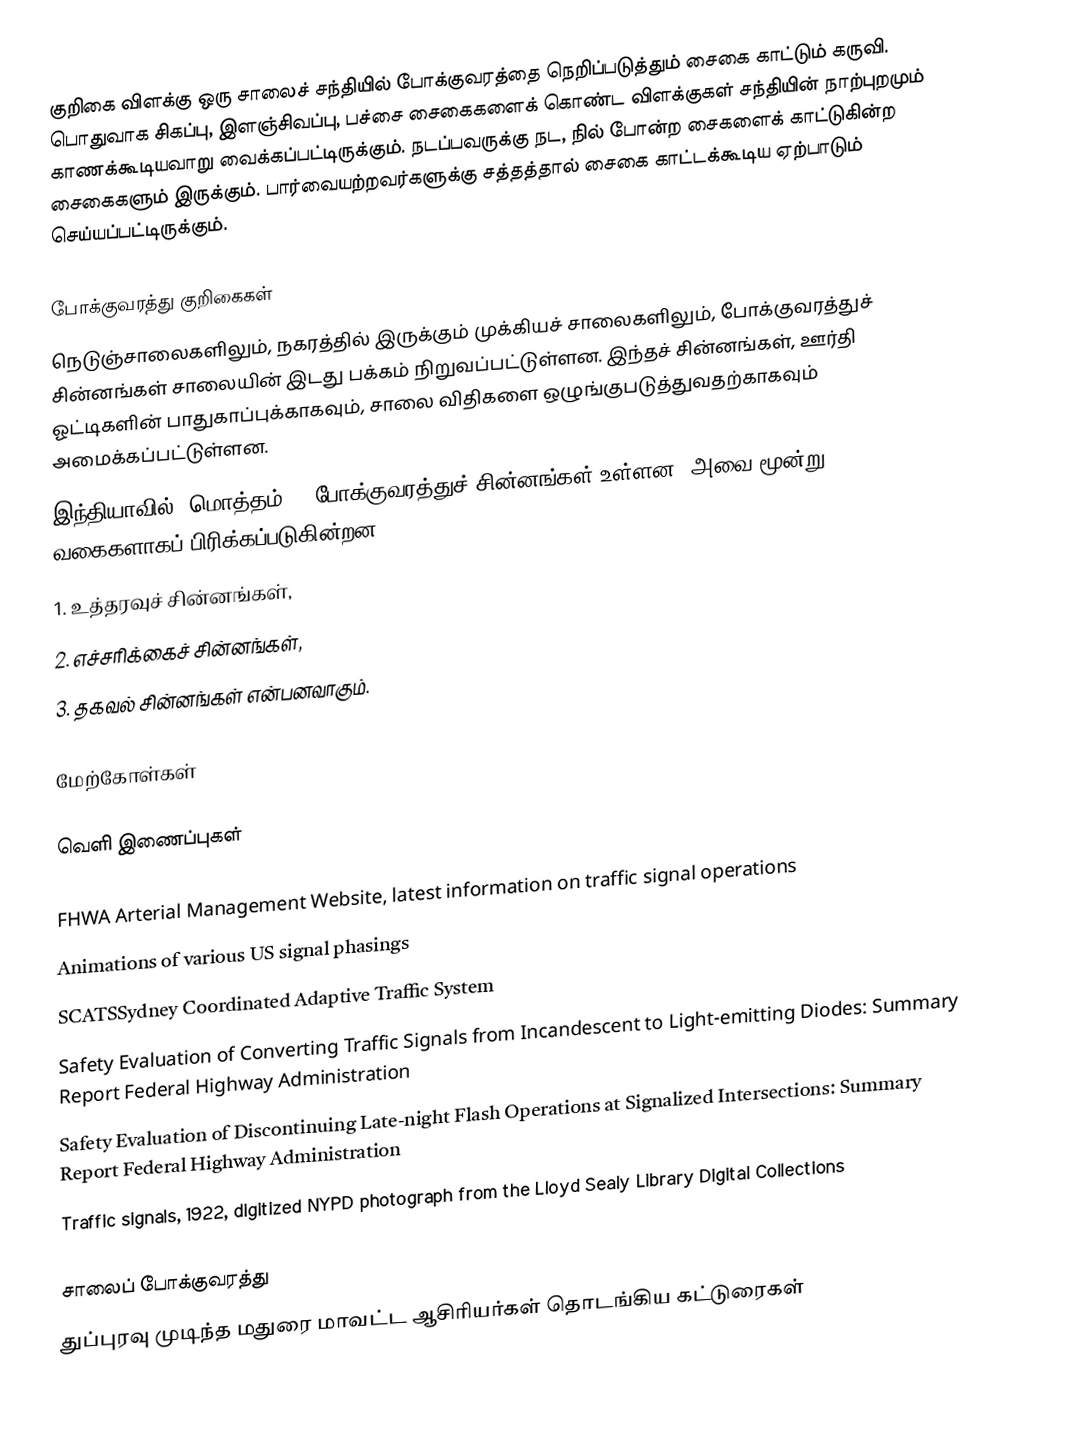
குறிகை விளக்கு ஒரு சாலைச் சந்தியில் போக்குவரத்தை நெறிப்படுத்தும் சைகை காட்டும் கருவி. பொதுவாக சிகப்பு, இளஞ்சிவப்பு, பச்சை சைகைகளைக் கொண்ட விளக்குகள் சந்தியின் நாற்புறமும் காணக்கூடியவாறு வைக்கப்பட்டிருக்கும். நடப்பவருக்கு நட, நில் போன்ற சைகளைக் காட்டுகின்ற சைகைகளும் இருக்கும். பார்வையற்றவர்களுக்கு சத்தத்தால் சைகை காட்டக்கூடிய ஏற்பாடும் செய்யப்பட்டிருக்கும்.

போக்குவரத்து குறிகைகள்
நெடுஞ்சாலைகளிலும், நகரத்தில் இருக்கும் முக்கியச் சாலைகளிலும், போக்குவரத்துச் சின்னங்கள் சாலையின் இடது பக்கம் நிறுவப்பட்டுள்ளன. இந்தச் சின்னங்கள், ஊர்தி ஓட்டிகளின் பாதுகாப்புக்காகவும், சாலை விதிகளை ஒழுங்குபடுத்துவதற்காகவும் அமைக்கப்பட்டுள்ளன.
இந்தியாவில், மொத்தம் 98 போக்குவரத்துச் சின்னங்கள் உள்ளன. அவை மூன்று வகைகளாகப் பிரிக்கப்படுகின்றன:
1. உத்தரவுச் சின்னங்கள்,
2. எச்சரிக்கைச் சின்னங்கள்,
3. தகவல் சின்னங்கள் என்பனவாகும்.

மேற்கோள்கள்

வெளி இணைப்புகள்

 FHWA Arterial Management Website, latest information on traffic signal operations
 Animations of various US signal phasings
 SCATSSydney Coordinated Adaptive Traffic System
 Safety Evaluation of Converting Traffic Signals from Incandescent to Light-emitting Diodes: Summary Report Federal Highway Administration
 Safety Evaluation of Discontinuing Late-night Flash Operations at Signalized Intersections: Summary Report Federal Highway Administration
 Traffic signals, 1922, digitized NYPD photograph from the Lloyd Sealy Library Digital Collections

சாலைப் போக்குவரத்து
துப்புரவு முடிந்த மதுரை மாவட்ட ஆசிரியர்கள் தொடங்கிய கட்டுரைகள்